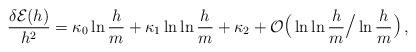
LaTeX: \begin{align*}{\delta {\cal E}(h) \over h^2}= \kappa_0\ln{h\over m}+\kappa_1\ln\ln{h\over m}+\kappa_2+ {\cal O} {\hbox{\Large (}} \ln \ln {h \over m} {\hbox{\Large /}}\ln {h \over m} {\hbox{\Large )}} \, ,\end{align*}